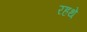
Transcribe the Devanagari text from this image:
रहथे